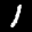
Label: 1